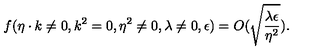
f ( \eta \cdot k \neq 0 , k ^ { 2 } = 0 , \eta ^ { 2 } \neq 0 , \lambda \neq 0 , \epsilon ) = O ( \sqrt { { \frac { \lambda \epsilon } { \eta ^ { 2 } } } } ) .